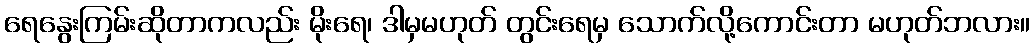
ရေနွေးကြမ်းဆိုတာကလည်း မိုးရေ၊ ဒါမှမဟုတ် တွင်းရေမှ သောက်လို့ကောင်းတာ မဟုတ်ဘလား။